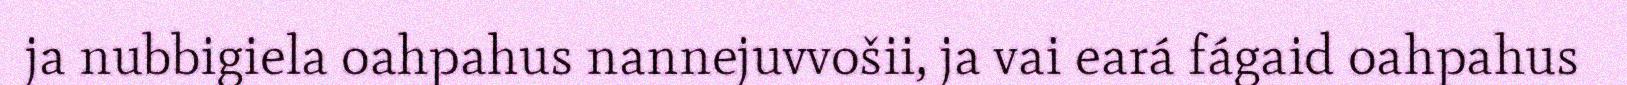
ja nubbigiela oahpahus nannejuvvošii, ja vai eará fágaid oahpahus